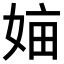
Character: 𡜿